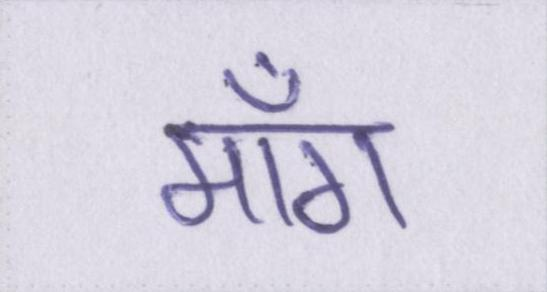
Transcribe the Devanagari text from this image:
माँग